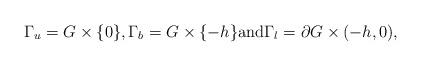
LaTeX: \begin{align*}\Gamma_u = G \times \{0\}, \Gamma_b = G \times \{ -h\} \hbox{and} \Gamma_l = \partial G \times (-h,0),\end{align*}